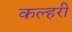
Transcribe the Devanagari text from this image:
कल्हरी